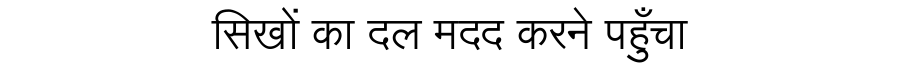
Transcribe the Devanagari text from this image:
सिखों का दल मदद करने पहुँचा